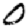
Digit: 0